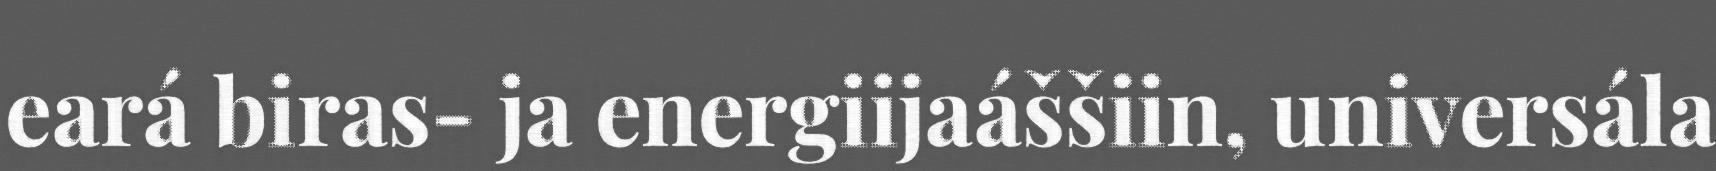
eará biras- ja energiijaáššiin, universála